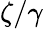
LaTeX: \zeta/\gamma